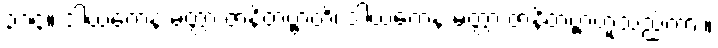
၃၁၄။ ဒါယကေန မတ္တာ ဇာနိတဗ္ဗာတိ၊ ဒါယကေန မတ္တာ ဇာနိတဗ္ဗာဟူသည်ကား။